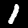
Digit: 1